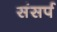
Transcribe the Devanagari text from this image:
संसर्प